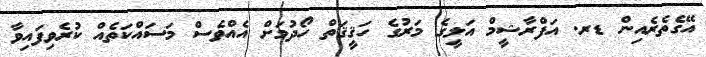
އޭގެތެރެއިން ޑރ. އަފްރާޝީމް އަލީގެ މަރުގެ ހަޤީޤަތް ހޯދުމަށް އެއްވެސް މަސައްކަތެއް ކުރެވިފައިވާ